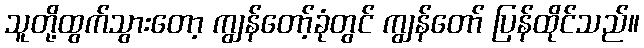
သူတို့ထွက်သွားတော့ ကျွန်တော့်ခုံတွင် ကျွန်တော် ပြန်ထိုင်သည်။